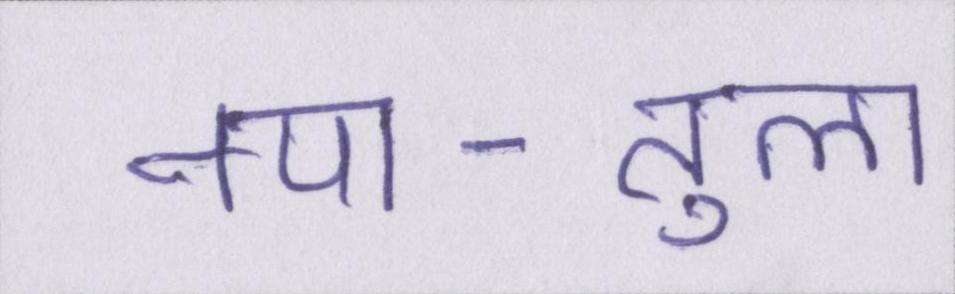
नपा-तुला